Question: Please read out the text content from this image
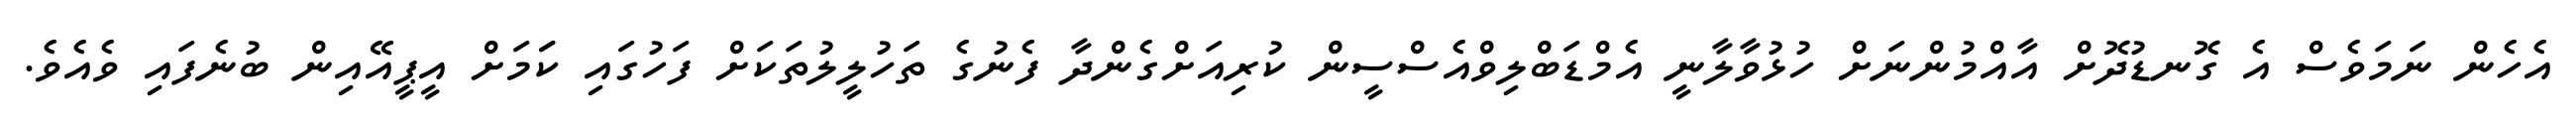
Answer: އެހެން ނަމަވެސް އެ ގޮނޑުދޮށް އާއްމުންނަށް ހުޅުވާލާނީ އެމްޑަބްލިވްއެސްސީން ކުރިއަށްގެންދާ ފެނުގެ ތަހުލީލުތަކަށް ފަހުގައި ކަަމަށް އީޕީއޭއިން ބުނެފައި ވެއެވެ.